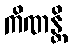
ကိဏန္တိ